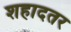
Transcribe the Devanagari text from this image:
शहादतर